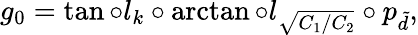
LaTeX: g_{0}=\tan\circ l_{k}\circ\arctan\circ l_{\sqrt{C_{1}/C_{2}}}\circ p_{\tilde{d}},